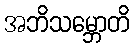
အဘိသမ္ဘောတိ